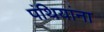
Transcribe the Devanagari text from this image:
पंथियांना